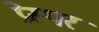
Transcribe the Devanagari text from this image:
प्रेस्पर